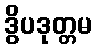
ဒွိပဒုတ္တမ